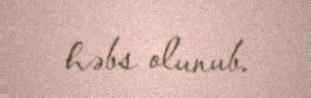
həbs olunub.